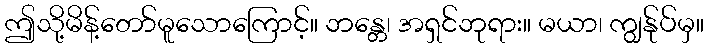
ဤသို့မိန့်တော်မူသောကြောင့်။ ဘန္တေ၊ အရှင်ဘုရား။ မယာ၊ ကျွန်ုပ်မှ။